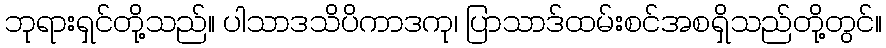
ဘုရားရှင်တို့သည်။ ပါသာဒသိပိကာဒကု၊ ပြာသာဒ်ထမ်းစင်အစရှိသည်တို့တွင်။